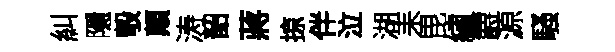
糾隱彀顛涛韶蔣掠伴泣湖耒毘繡欝源騷